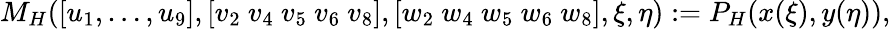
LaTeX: M_{H}([u_{1},\dots,u_{9}],[v_{2}~v_{4}~v_{5}~v_{6}~v_{8}],[w_{2}~w_{4}~w_{5}~w_{6}~w_{8}],\xi,\eta):=P_{H}(x(\xi),y(\eta)),